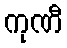
ကုဏီ